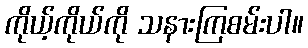
ကိုယ့်ကိုယ်ကို သနားကြစမ်းပါ။